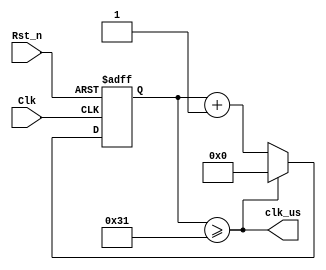
/*
---------------------------------------------------------
    Name:       clk_div
    Author:     
    Date:       2023-5-27
    Time:       19:08
---------------------------------------------------------
    Software:   
                VS Code
*/
module 	clk_div(
	input  wire			Clk		, //system clock 50MHz
	input  wire 		Rst_n	, //reset low valid
		   
	output wire  		clk_us 	  //
);
//Parameter Declarations
	parameter CNT_MAX = 19'd50;//1us 50 * Tclk20ns

//Interrnal wire/reg declarations
	reg		[5:00]	cnt		; //Counter 
	wire			add_cnt ; //Counter Enable
	wire			end_cnt ; //Counter Reset 
	
//Logic Description
	
	always @(posedge Clk or negedge Rst_n)begin  
		if(!Rst_n)begin  
			cnt <= 'd0; 
		end  
		else if(add_cnt)begin  
			if(end_cnt)begin  
				cnt <= 'd0; 
			end  
			else begin  
				cnt <= cnt + 1'b1; 
			end  
		end  
		else begin  
			cnt <= cnt;  
		end  
	end 
	
	assign add_cnt = 1'b1; 
	assign end_cnt = add_cnt && cnt >= CNT_MAX - 19'd1;
	
	assign clk_us = end_cnt;
	

endmodule